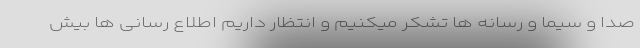
صدا و سیما و رسانه ها تشکر میکنیم و انتظار داریم اطلاع رسانی ها بیش